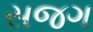
સજગ